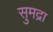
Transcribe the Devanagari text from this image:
सुमद्रा